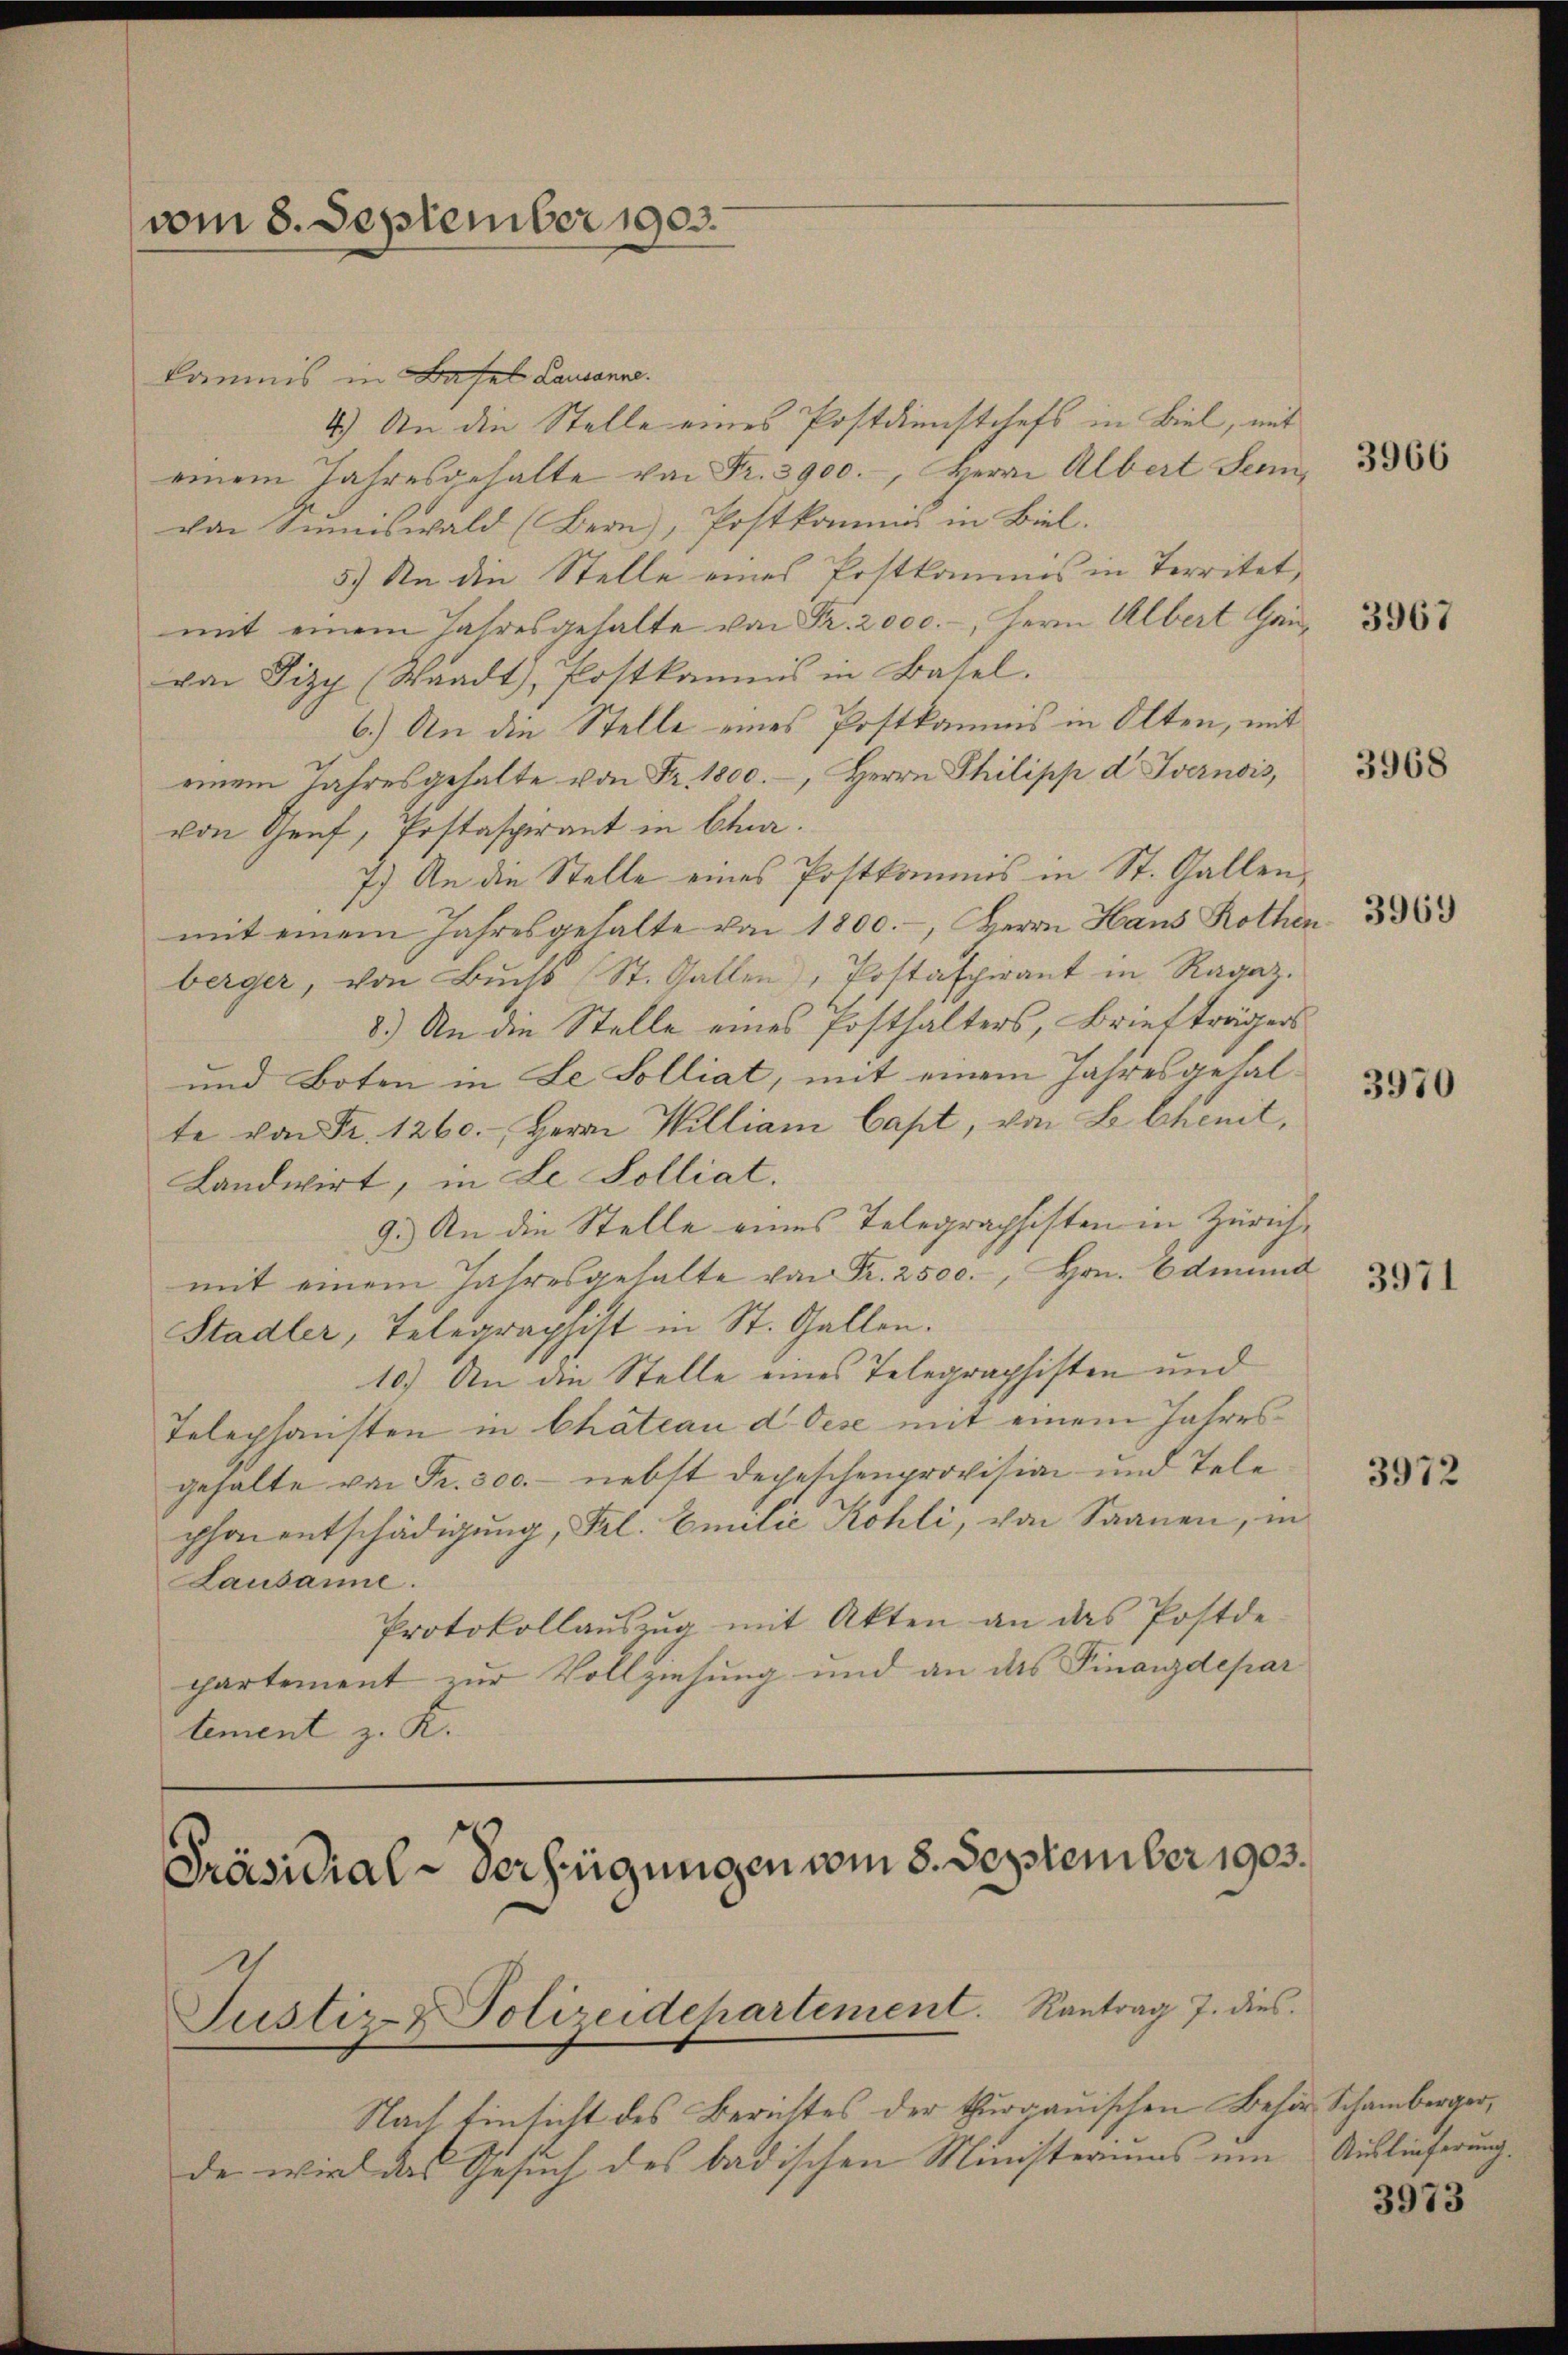
vom 8. September 1903.

Präsidial-Verfügungen vom 8. September 1903.
Justiz- & Polizeidehartement. Kantrag 7. dies
Nach Einsicht des Berichtes der thurgauischen Behör Schamberger,

kaunis in Basel Lausanne.
4.) An die Stelle eines Postdienstchefs in Biel, mit
einem Jahresgehalte von Fr. 3900.-, Herrn Albert Senn,
von Sumiswald (Bern), Postkammes in Biel.
5.) An die Stelle eines Postkommis in Territet,
mit einem Jahresgehalte von Fr. 2000.-, Herrn Albert Gänvon Pizy (Waadt, Postkommis in Basel.
6.) An die Stelle eines Postkamnis in Olten, mit
einem Jahresgehalte von Fr. 1800.-, Herrn Philipp d Svernois,
von Genf, Postaspirant in Ctuar.
7.) An die Stelle eines Postkommis in St. Gallen,
mit einem Jahresgehalte von 1800.-, Herrn Haus Rothe
berger, von Buchs (St. Gallen, Pottaspirant in Ragaz.
8.) An die Stelle eines Posthalters, Briefträgers
und Boten in Le Solliat, mit einem Jahresgehalte von Fr. 1260. Herrn William Capt, von L. Chenit,
Landwirt, in de Solliat.
9.) An die Stelle eines Telegraphisten in Zürich,
mit einem Jahresgehalte von Fr. 2500.-, Hrn. Edmund
Stadler, Telegraphist in St. Gallen.
10.) An die Stelle eines Telegraphisten und
Telephansten in Chateau d. Oese mit einem Jahres
gehalte von Fr. 300. - nebst depeschenprovision und Tele
phonnentschädigung, Frl. Emilie Kohli, von Saanen, in
Lausanne.
Protokollauszug mit Akten an das Postde
partement zur Vollziehung und an das Finanzdepar
tement z. R.

de wird das Gesuch des badischen Ministeriums um Auslieferung¬

be¬

3966

3967

3968

3969

3970

3971

3972

3973